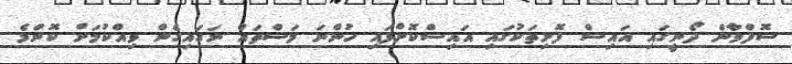
ސޮފްވާން ދޯނީގައި އައިސް ފޮށިތަކުގައި އައިސްކޮށްފައި ހުންނަ މަސްތައް ނަގައިގެން ވިއްކުމަށް ކޮންމެ